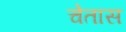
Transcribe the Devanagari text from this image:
चेतास